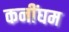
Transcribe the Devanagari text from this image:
कनींघम